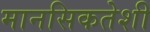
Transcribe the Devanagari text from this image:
मानसिकतेशी